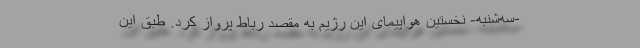
-سه‌شنبه- نخستین هواپیمای این رژیم به مقصد رباط پرواز کرد. طبق این